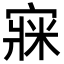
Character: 㝥